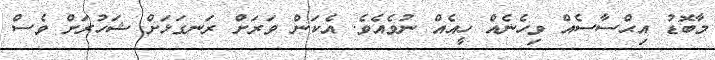
މާބޮޑު އިޙްސާސެއް ވިހެނެއް ހީއެއް ނުވެއެވެ. އެކަން ވަރަށް ރަނގަޅަށް ޝަހުރަށް ވެސް